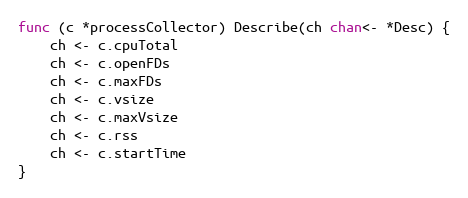
Language: Go
func (c *processCollector) Describe(ch chan<- *Desc) {
	ch <- c.cpuTotal
	ch <- c.openFDs
	ch <- c.maxFDs
	ch <- c.vsize
	ch <- c.maxVsize
	ch <- c.rss
	ch <- c.startTime
}